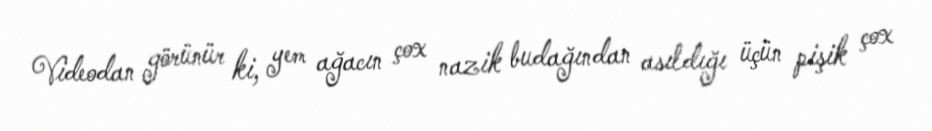
Videodan görünür ki, yem ağacın çox nazik budağından asıldığı üçün pişik çox